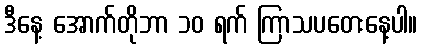
ဒီနေ့ အောက်တိုဘာ ၁၀ ရက် ကြာသပတေးနေ့ပါ။